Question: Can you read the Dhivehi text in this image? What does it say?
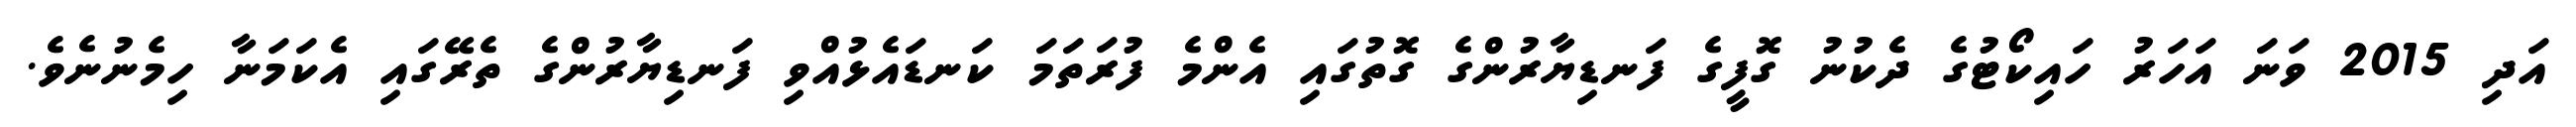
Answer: އަދި 2015 ވަނަ އަހަރު ހައިކޯޓުގެ ދެކުނު ގޮފީގެ ފަނޑިޔާރުންގެ ގޮތުގައި އެންމެ ފުރަތަމަ ކަނޑައެޅުއްވި ފަނޑިޔާރުންގެ ތެރޭގައި އެކަމަނާ ހިމެނުނެވެ.